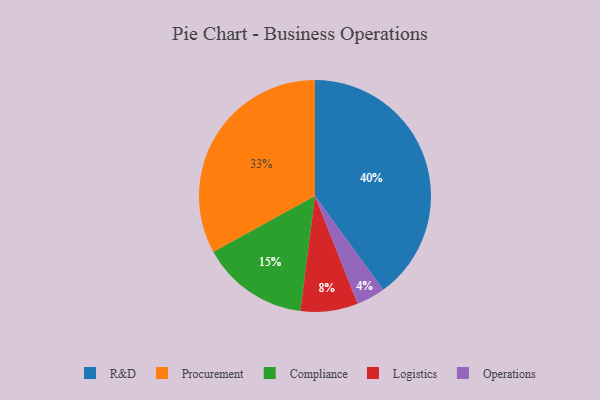
{"axis": {"x": "Category", "y": "Percentage"}, "legend": ["Compliance", "Logistics", "Operations", "Procurement", "R&D"], "data": [{"x": "Logistics", "y": 8, "type": "Logistics"}, {"x": "Compliance", "y": 15, "type": "Compliance"}, {"x": "R&D", "y": 40, "type": "R&D"}, {"x": "Procurement", "y": 33, "type": "Procurement"}, {"x": "Operations", "y": 4, "type": "Operations"}]}